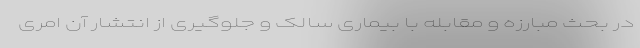
در بحث مبارزه و مقابله با بیماری سالک و جلوگیری از انتشار آن امری